Lunatic asylums in Bengal annual reports 1912-1924 - 1912-1924
Year: 1912
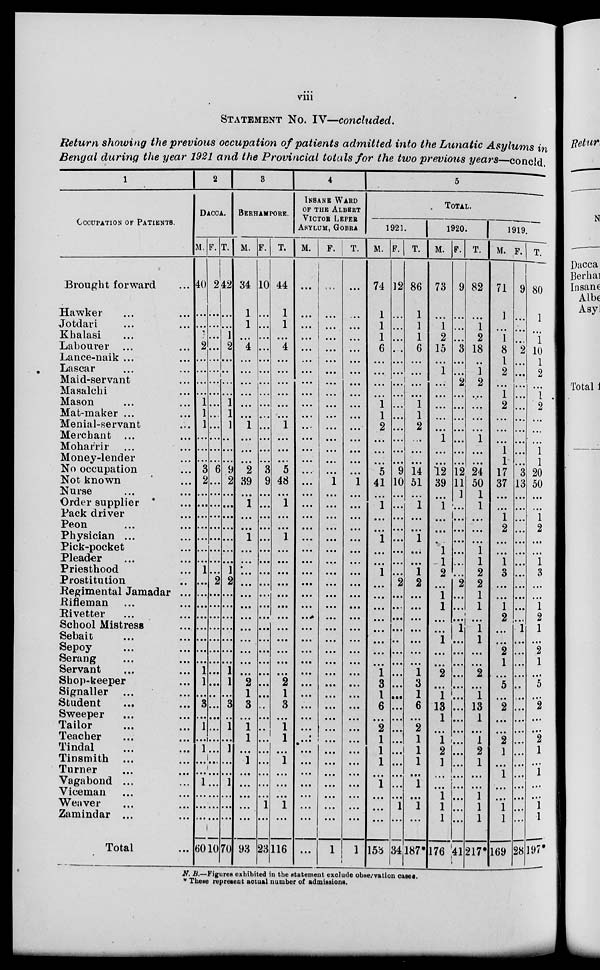
viii
STATEMENT No. IV—concluded.
Return showing the previous occupation of patients admitted into the Lunatic Asylums in
Bengal during the year 1921 and the Provincial totals for the two previous years—concld.
1
OCCUPATION OF PATIENTS.
Brought forward ...
Hawker ... ...
Jotdari ... ...
Khalasi .
Labourer ... ...
Lance-naik ... ...
Lascar ... ...
Maid-servant ...
Masalchi ...
Mason ... ...
Mat-maker ...
Menial-servant ...
Merchant ... ...
Moharrir ... ...
Money-lender ...
No occupation ...
Not known ...
Nurse ... ...
Order supplier ...
Pack driver ...
Peon ... ...
Physician ... ...
Pick-pocket ...
Pleader ... ...
Priesthood ...
Prostitution ...
Regimental Jamadar ...
Rifleman ... ...
Rivetter ... ...
School Mistress ...
Sebait ... ...
Sepoy ... ...
Serang ... ...
Servant ... ...
Shop-keeper ...
Signaller ... ...
Student ... ...
Sweeper ... ...
Tailor ... ...
Teacher ... ...
Tindal ... ...
Tinsmith ... ...
Turner ... ...
Vagabond ... ...
Viceman ... ...
Weaver ... ...
Zamindar ... ...
Total ...
2
DACCA.
M.
40
...
...
...
2
...
...
...
...
1
1
1
...
...
...
3
2
...
...
...
...
...
...
...
1
...
...
...
...
...
...
...
...
1
1
...
3
...
1
...
1
...
...
1
...
...
...
60
F.
2
...
...
...
...
...
...
...
...
...
...
...
...
...
...
6
...
...
...
...
...
...
...
...
...
2
...
...
...
...
...
...
...
...
...
...
...
...
...
...
...
...
...
...
...
...
...
10
T.
42
...
...
1
2
...
...
...
...
1
1
1
...
...
...
9
2
...
...
...
...
...
...
...
1
2
...
...
...
...
...
...
...
1
1
...
3
...
1
...
1
...
...
1
...
...
...
70
3
BERHMAPORE.
M.
34
1
1
...
4
...
...
...
...
...
...
1
...
...
...
2
39
...
1
...
...
1
...
...
...
...
...
...
...
...
...
...
...
...
2
1
3
...
1
1
...
1
...
...
...
...
...
93
F.
10
...
...
...
...
...
...
...
...
...
...
...
...
...
...
3
9
...
...
...
...
...
...
...
...
...
...
...
...
...
...
...
...
...
...
...
...
...
...
...
...
...
...
...
...
1
...
23
T.
44
1
1
...
4
...
...
...
...
...
...
1
...
...
...
5
48
...
1
...
...
1
...
...
...
...
...
...
...
...
...
...
...
...
2
1
3
...
1
1
...
1
...
...
...
1
...
116
4
INSANE WARD
OF THE ALBERT
VICTOR LEPER
ASYLUM, GOBRA
M.
...
...
...
...
...
...
...
...
...
...
...
...
...
...
...
...
...
...
...
...
...
...
...
...
...
...
...
...
...
...
...
...
...
...
...
...
...
...
...
...
...
...
...
...
...
...
...
...
F.
...
...
...
...
...
...
...
...
...
...
...
...
...
...
...
...
1
...
...
...
...
...
...
...
...
...
...
...
...
...
...
...
...
...
...
...
...
...
...
...
...
...
...
...
...
...
...
1
T.
...
...
...
...
...
...
...
...
...
...
...
...
...
...
...
...
1
...
...
...
...
...
...
...
...
...
...
...
...
...
...
...
...
...
...
...
...
...
...
...
...
...
...
...
...
...
...
1
5
TOTAL.
1921.
M.
74
1
1
1
6
...
...
...
...
1
1
2
...
...
...
5
41
...
1
...
...
1
...
...
1
...
...
...
...
...
...
...
...
1
3
1
6
...
2
1
1
1
...
1
...
...
...
153
F.
12
...
...
...
...
...
...
...
...
...
...
...
...
...
...
9
10
...
...
...
...
...
...
...
...
2
...
...
...
...
...
...
...
...
...
...
...
...
...
...
...
...
...
...
...
1
...
34
T.
86
1
1
1
6
...
...
...
...
1
1
2
...
...
...
14
51
...
1
...
...
1
...
...
1
2
...
...
...
...
...
...
...
1
3
1
6
...
2
1
1
1
...
1
...
1
...
187*
1920.
M.
73
...
1
2
15
...
1
...
...
...
...
...
1
...
...
12
39
...
1
...
...
...
1
1
2
...
1
1
...
...
1
...
...
2
...
1
13
1
...
1
2
1
...
...
1
1
1
176
F.
9
...
...
...
3
...
...
2
...
...
...
...
...
...
...
12
11
1
...
...
...
...
...
...
...
2
...
...
...
1
...
...
...
...
...
...
...
...
...
...
...
...
...
...
...
...
...
41
T.
82
...
1
2
18
...
1
2
...
...
...
...
1
...
...
24
50
1
1
...
...
...
1
1
2
2
1
1
...
1
1
...
...
2
...
1
13
1
...
1
2
1
...
...
1
1
1
217*
1919.
M.
71
1
...
1
8
1
2
...
1
2
...
...
...
1
1
17
37
...
...
1
2
...
...
1
3
...
...
1
2
...
...
2
1
...
5
...
2
...
...
2
1
...
1
...
...
1
1
169
F.
9
...
...
...
2
...
...
...
...
...
...
...
...
...
...
3
13
...
...
...
...
...
...
...
...
...
...
...
...
1
...
...
...
...
...
...
...
...
...
...
...
...
...
...
...
...
...
28
T.
80
1
...
1
10
1
2
...
1
2
...
...
...
1
1
20
50
...
...
1
2
...
...
1
3
...
...
1
2
1
...
2
1
...
5
...
2
...
...
2
1
...
1
...
...
1
1
197*
N. B.—Figures exhibited in the statement exclude observation cases.
* These represent actual number of admissions.